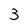
Character: 3